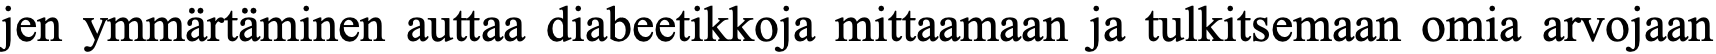
jen ymmärtäminen auttaa diabeetikkoja mittaamaan ja tulkitsemaan omia arvojaan